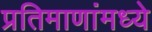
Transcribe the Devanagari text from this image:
प्रतिमाणांमध्ये